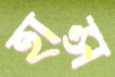
হান্স